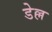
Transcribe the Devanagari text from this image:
डेल्ल